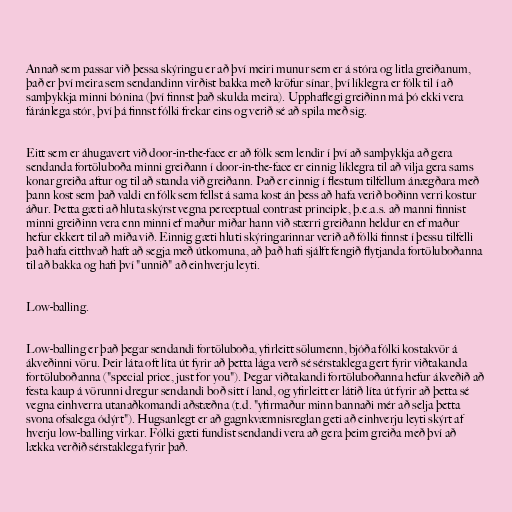
Annað sem passar við þessa skýringu er að því meiri munur sem er á stóra og litla greiðanum,
það er því meira sem sendandinn virðist bakka með kröfur sínar, því líklegra er fólk til í að
samþykkja minni bónina (því finnst það skulda meira). Upphaflegi greiðinn má þó ekki vera
fáránlega stór, því þá finnst fólki frekar eins og verið sé að spila með sig.

Eitt sem er áhugavert við door-in-the-face er að fólk sem lendir í því að samþykkja að gera
sendanda fortöluboða minni greiðann í door-in-the-face er einnig líklegra til að vilja gera sams
konar greiða aftur og til að standa við greiðann. Það er einnig í flestum tilfellum ánægðara með
þann kost sem það valdi en fólk sem fellst á sama kost án þess að hafa verið boðinn verri kostur
áður. Þetta gæti að hluta skýrst vegna perceptual contrast principle, þ.e.a.s. að manni finnist
minni greiðinn vera enn minni ef maður miðar hann við stærri greiðann heldur en ef maður
hefur ekkert til að miða við. Einnig gæti hluti skýringarinnar verið að fólki finnst í þessu tilfelli
það hafa eitthvað haft að segja með útkomuna, að það hafi sjálft fengið flytjanda fortöluboðanna
til að bakka og hafi því "unnið" að einhverju leyti.

Low-balling.

Low-balling er það þegar sendandi fortöluboða, yfirleitt sölumenn, bjóða fólki kostakvör á
ákveðinni vöru. Þeir láta oft líta út fyrir að þetta lága verð sé sérstaklega gert fyrir viðtakanda
fortöluboðanna ("special price, just for you"). Þegar viðtakandi fortöluboðanna hefur ákveðið að
festa kaup á vörunni dregur sendandi boð sitt í land, og yfirleitt er látið líta út fyrir að þetta sé
vegna einhverra utanaðkomandi aðstæðna (t.d. "yfirmaður minn bannaði mér að selja þetta
svona ofsalega ódýrt"). Hugsanlegt er að gagnkvæmnisreglan geti að einhverju leyti skýrt af
hverju low-balling virkar. Fólki gæti fundist sendandi vera að gera þeim greiða með því að
lækka verðið sérstaklega fyrir það.